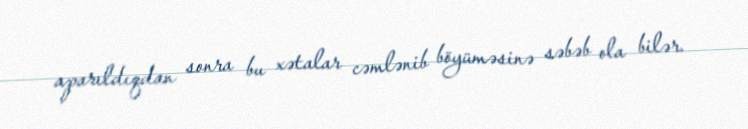
aparıldıqdan sonra bu xətalar cəmlənib böyüməsinə səbəb ola bilər.